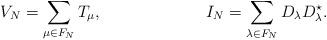
LaTeX: \begin{align*} V_N &= \sum_{\mu \in F_N} T_\mu, & I_N &= \sum_{\lambda \in F_N} D_\lambda D_\lambda^\star.\end{align*}